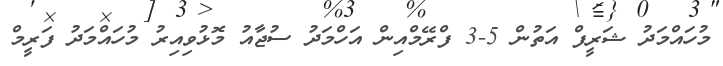
މުހައްމަދު ޝަރީފް އަތުން 5-3 ފްރޭމްއިން އަހްމަދު ސުޖާއު މޮޅުވިއިރު މުހައްމަދު ފަރީމް